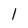
Character: 1